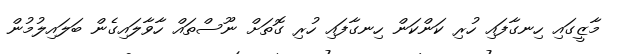
މާޒީގައި ހިނގާފައި ހުރި ކަންކަން ހިނގާފައި ހުރި ގޮތަށް ނޫސްތައް ހާވާލައިގެން ބަލައިލުމުން